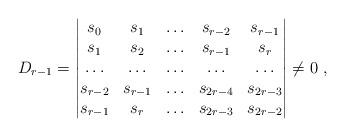
LaTeX: \begin{align*} D_{r-1} = \begin{vmatrix} s_{0} & s_{1}& \ldots & s_{r-2} & s_{r-1} \\ s_{1} & s_{2}& \ldots & s_{r-1}& s_{r} \\ \ldots & \ldots & \ldots & \ldots & \ldots \\s_{r-2} & s_{r-1}& \ldots & s_{2r-4}& s_{2r-3} \\ s_{r-1} & s_{r}& \ldots & s_{2r-3}& s_{2r-2} \\ \end{vmatrix} \neq 0 \ ,\end{align*}